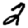
Digit: 2